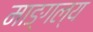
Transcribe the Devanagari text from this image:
माङ्गल्य